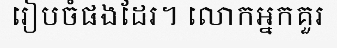
រៀបចំផងដែរ។ លោកអ្នកគួរ